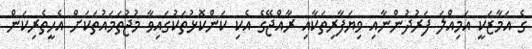
ގެ އަމާޒަކީ އަމިއްލަ ފަރުދުންނާއި ވިޔަފާރިތަކާއި ރާއްޖޭގެ އެކި ކަންކޮޅުތަކުގައިވާ މުޖުތަމައުތަކަށް އެހީތެރިކަން